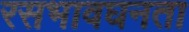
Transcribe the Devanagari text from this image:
रसभावघनता